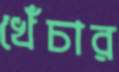
খেঁচার